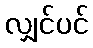
လျှင်ပင်